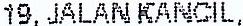
19, JALAN KANCIL,